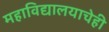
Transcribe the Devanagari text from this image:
महाविद्यालयाचेही